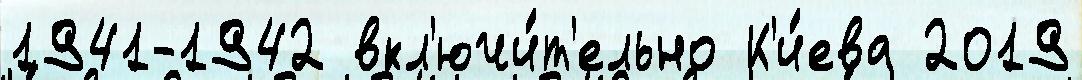
1941-1942 вкл'ючи́т'ельно К'и́ева 2019